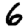
Digit: 6